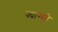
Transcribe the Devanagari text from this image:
क्यांग्सी